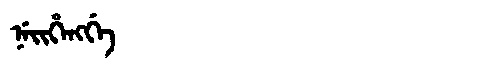
Manchu: ᠨᡝᡳᡥᡝᠩᡤᡝ
Romanization: NEIHENGGE